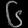
Digit: ၆